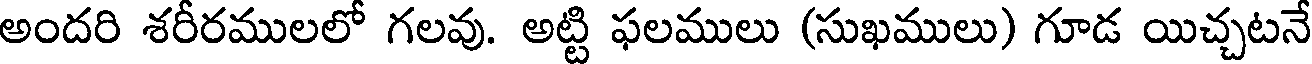
అందరి శరీరములలో గలవు. అట్టి ఫలములు (సుఖములు) గూడ యిచ్చటనే